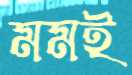
মমই